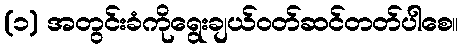
(၁) အတွင်းခံကိုရွေးချယ်ဝတ်ဆင်တတ်ပါစေ။